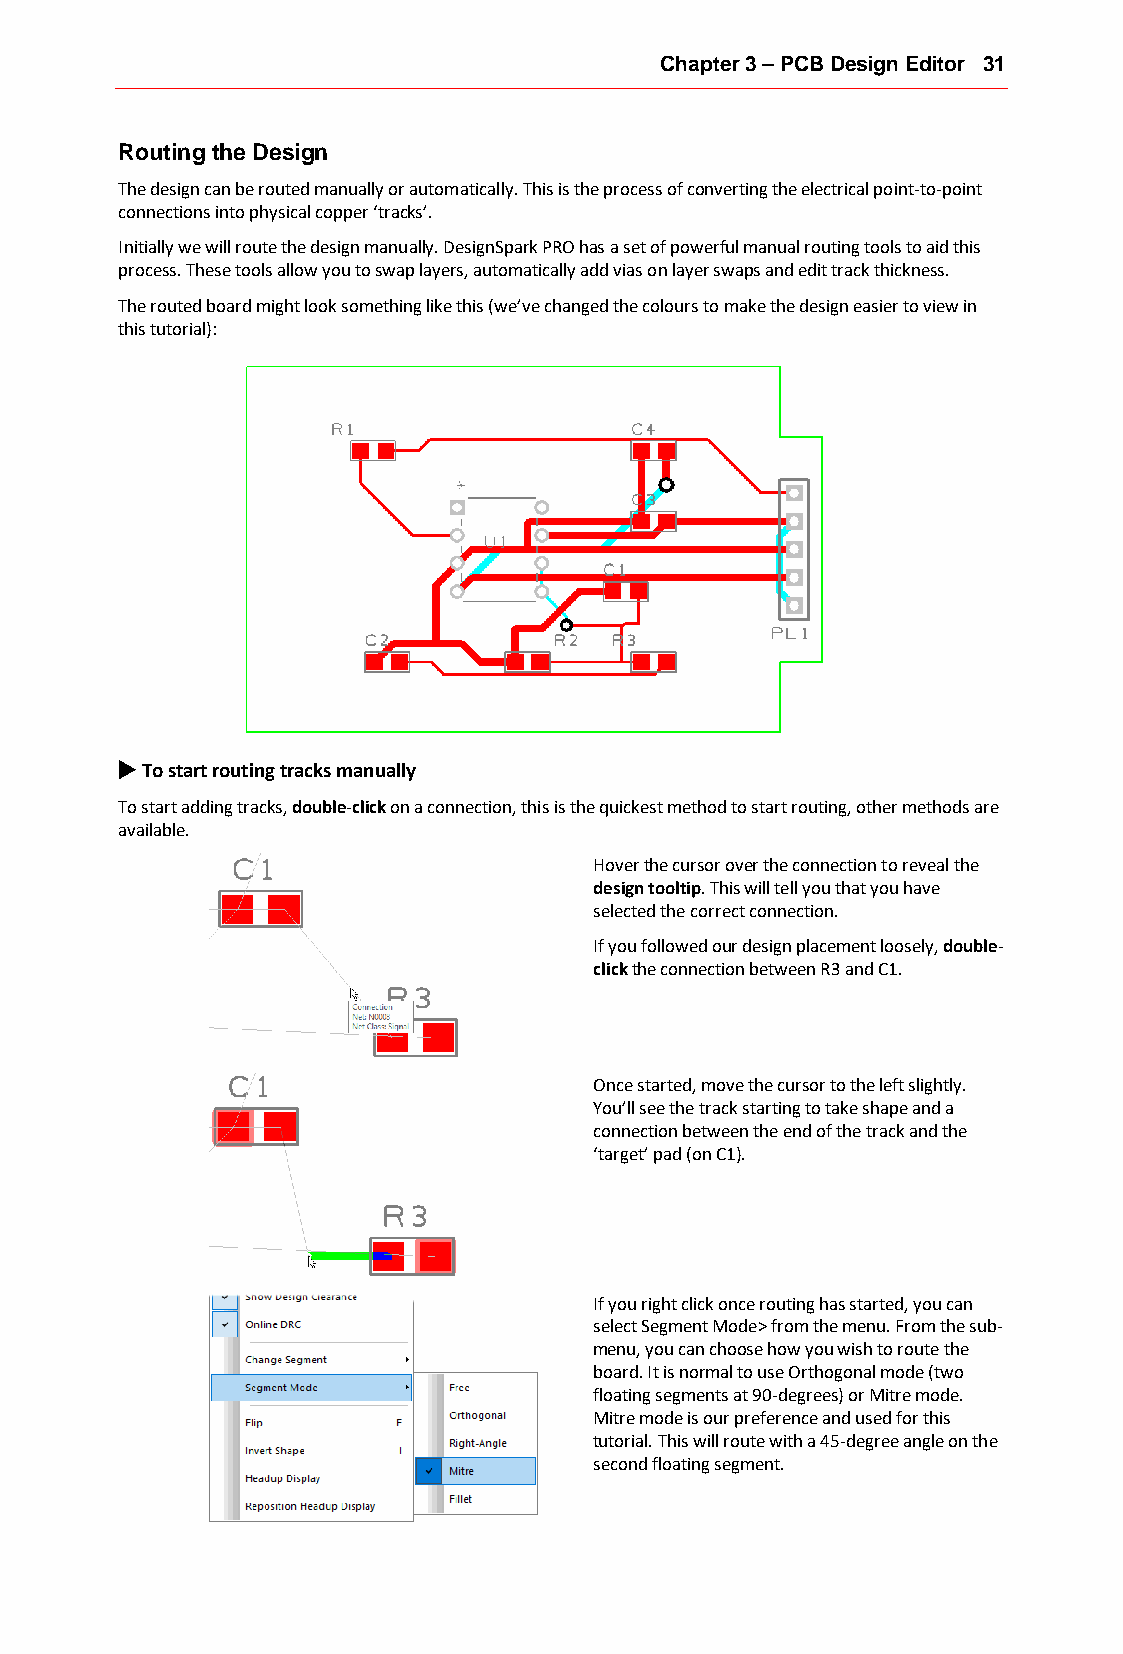
Chapter 3 – PCB Design Editor 31
 Routing the Design
 The design can be routed manually or automatically. This is the process of converting the electrical point-to-point
 connections into physical copper ‘tracks’.
 Initially we will route the design manually. DesignSpark PRO has a set of powerful manual routing tools to aid this
 process. These tools allow you to swap layers, automatically add vias on layer swaps and edit track thickness.
 The routed board might look something like this (we’ve changed the colours to make the design easier to view in
 this tutorial):
 u To start routing tracks manually
 To start adding tracks, double-click on a connection, this is the quickest method to start routing, other methods are
 available.
 Hover the cursor over the connection to reveal the
 design tooltip. This will tell you that you have
 selected the correct connection.
 If you followed our design placement loosely, double-
 click the connection between R3 and C1.
 Once started, move the cursor to the left slightly.
 You’ll see the track starting to take shape and a
 connection between the end of the track and the
 ‘target’ pad (on C1).
 If you right click once routing has started, you can
 select Segment Mode> from the menu. From the sub-
 menu, you can choose how you wish to route the
 board. It is normal to use Orthogonal mode (two
 floating segments at 90-degrees) or Mitre mode.
 Mitre mode is our preference and used for this
 tutorial. This will route with a 45-degree angle on the
 second floating segment.